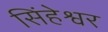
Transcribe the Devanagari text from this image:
सिंहेश्वर